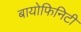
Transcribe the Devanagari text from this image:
बायोफिनिटी